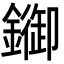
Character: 䥏